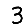
Digit: 3